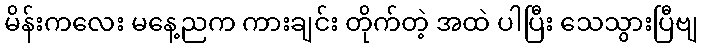
မိန်းကလေး မနေ့ညက ကားချင်း တိုက်တဲ့ အထဲ ပါပြီး သေသွားပြီဗျ